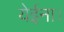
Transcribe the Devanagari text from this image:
येईना।